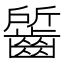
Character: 𪘷